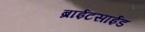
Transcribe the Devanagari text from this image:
ब्राईटसाईड